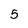
Character: 5